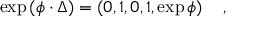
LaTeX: \exp \left( \phi \cdot \Delta \right) = \left( 0 , 1 , 0 , 1 , \exp \phi \right) \quad ,